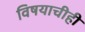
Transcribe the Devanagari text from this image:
विषयाचीही